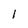
Character: 1